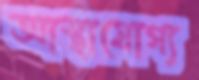
আস্থাযোগ্য